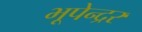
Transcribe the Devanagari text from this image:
भूपेन्‍द्रर